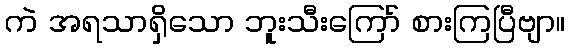
ကဲ အရသာရှိသော ဘူးသီးကြော် စားကြပြီဗျာ။